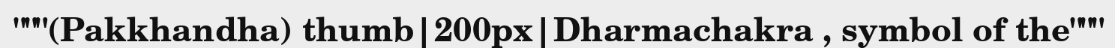
"""(Pakkhandha) thumb|200px|Dharmachakra , symbol of the"""